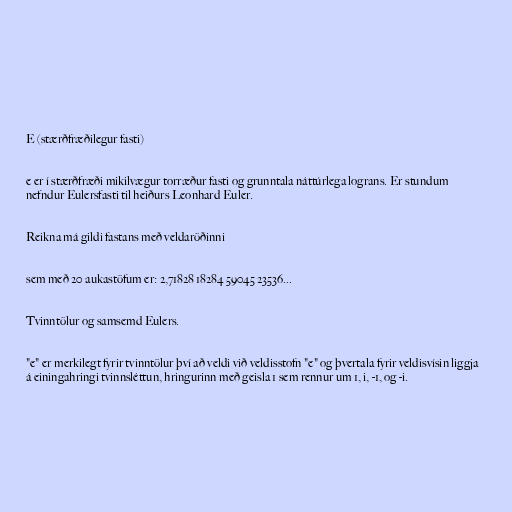
E (stærðfræðilegur fasti)

e er í stærðfræði mikilvægur torræður fasti og grunntala náttúrlega lograns. Er stundum
nefndur Eulersfasti til heiðurs Leonhard Euler.

Reikna má gildi fastans með veldaröðinni

sem með 20 aukastöfum er: 2,71828 18284 59045 23536...

Tvinntölur og samsemd Eulers.

"e" er merkilegt fyrir tvinntölur því að veldi við veldisstofn "e" og þvertala fyrir veldisvísin liggja
á einingahringi tvinnsléttun, hringurinn með geisla 1 sem rennur um 1, i, -1, og -i.